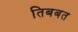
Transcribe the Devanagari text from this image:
तिबबत